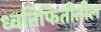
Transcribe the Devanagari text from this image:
ध्वनिफितीतील